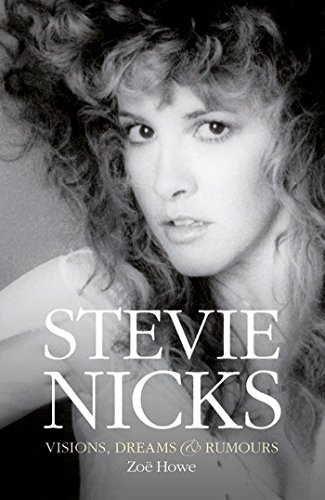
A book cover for Stevie Nicks: Visions, Dreams & Rumors; ZoÃ« Howe; Biographies & Memoirs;